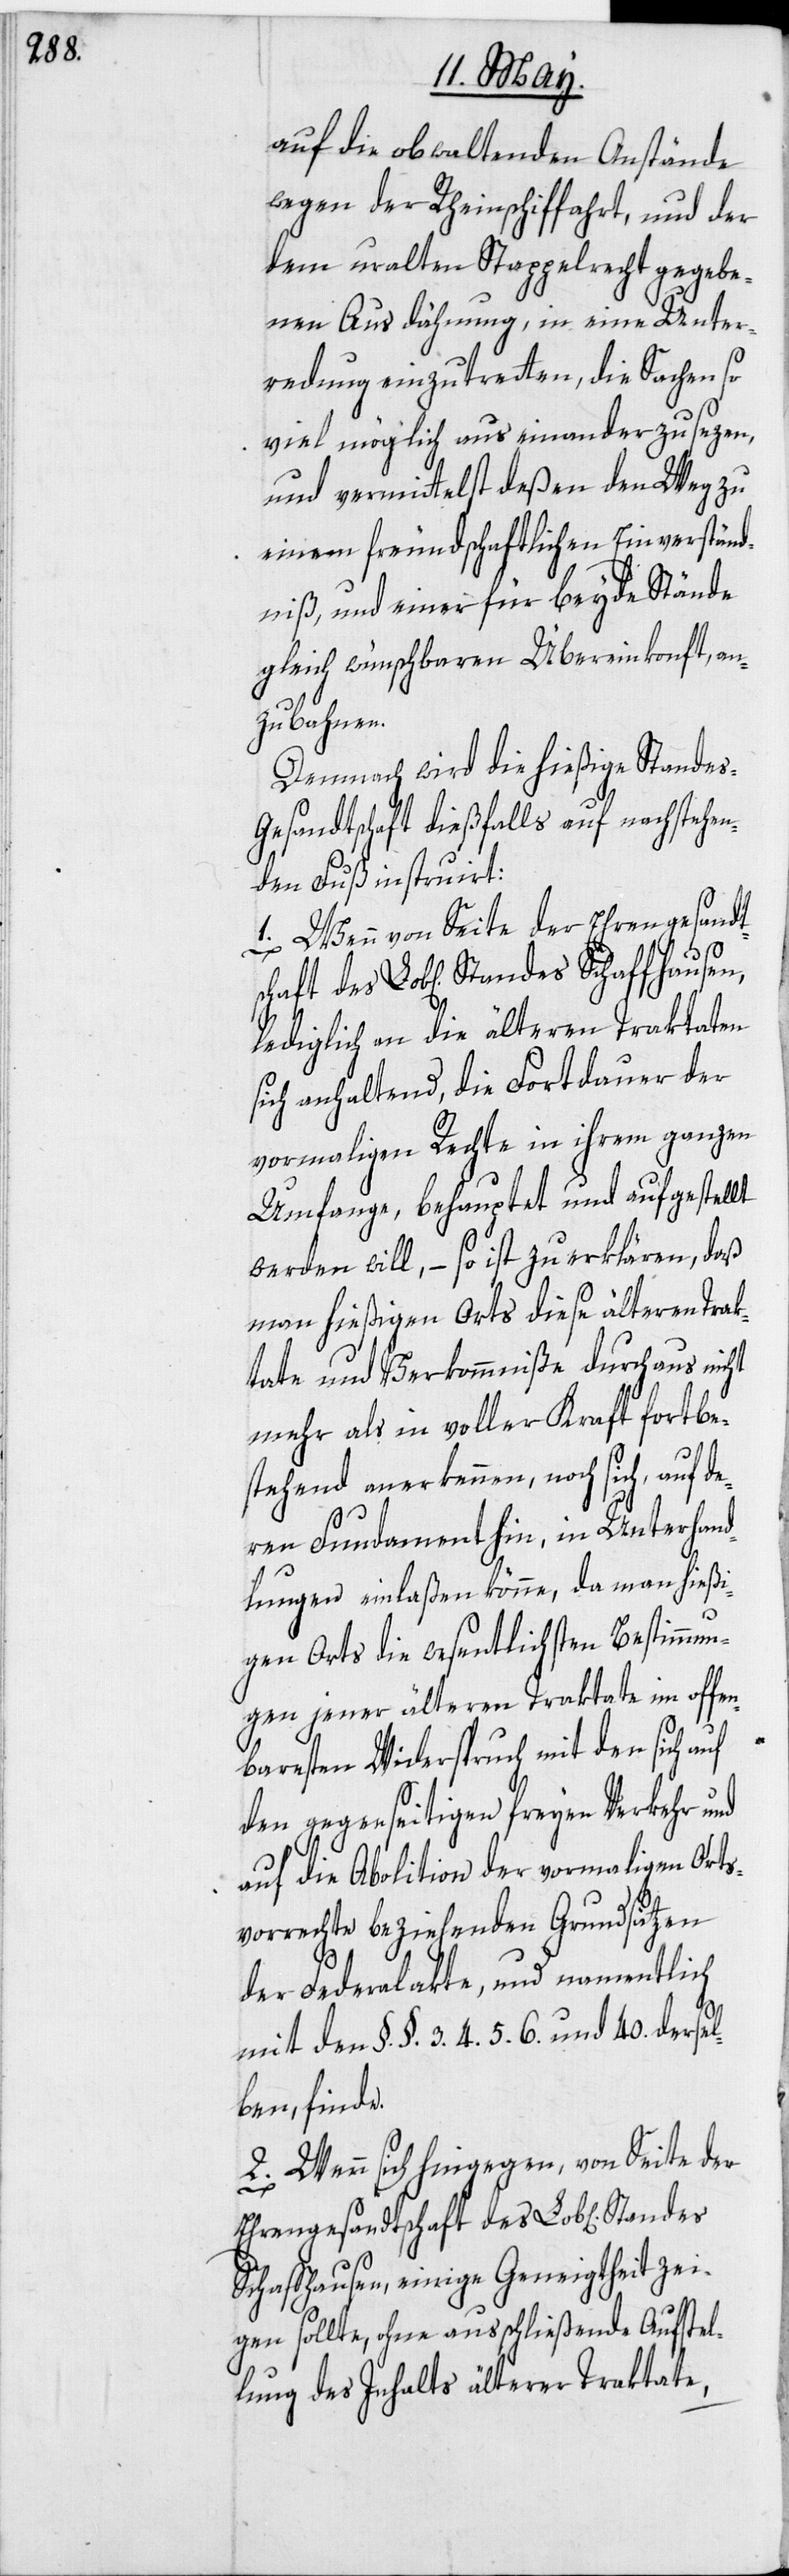
schaft

auf die obwaltenden Anstände
wegen der Rheinschiffahrt, und der
dem uralten Stappelrecht gegebe¬
nen Ausdähnung, in eine Unter¬
redung einzutretten, die Sachen so
viel möglich aus einander zu sezen,
und vermittelst deßen den Weg zu
einem freundschaftlichen Einverständ¬
niß, und einer für beyde Stände
gleich wünschbaren Übereinkonft, an¬
zubahnen.
Demnach wird die hießige Stande¬
s-Gesandtschaft dießfalls auf nachstehen¬
den Fuß instruirt:
1. Wenn von Seite der Ehrengesandt¬
lediglich an die älteren Traktaten
sich anhaltend, die Fortdauer der
vormaligen Rechte in ihrem ganzen
Umfange, behauptet und aufgestellt
werden will, – so ist zu erklären, daß
man hießigen Orts diese älteren Trak¬
tate und Verkommniße durchaus nicht
mehr als in voller Kraft fortbe¬
stehend anerkennen, noch sich, auf de¬
ren Fundament hin, in Unterhand¬
lungen einlaßen könne, da man hießi¬
gen Orts die wesentlichsten Bestimmun¬
gen jener älteren Traktate im offen¬
baresten Widerspruch mit den sich auf
den gegenseitigen freyen Verkehr und
auf die Abolition der vormaligen Orts¬
vorrechte beziehenden Grundsätzen
der Federalakte, und namentlich
mit den §.§. 3. 4. 5. 6. und 40. dersel¬
ben, finde.
2. Wenn sich hingegen, von Seite der
Ehrengesandtschaft des Lob[lichen]
Schaffhausen, einige Geneigtheit zei¬
gen sollte, ohne ausschließende Aufstel¬
lung des Inhalts älterer Traktate,